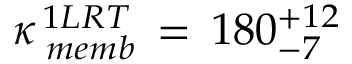
\kappa _ { \, \, m e m b } ^ { \, 1 L R T } \, = \, 1 8 0 _ { - 7 } ^ { + 1 2 }